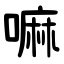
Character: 嘛